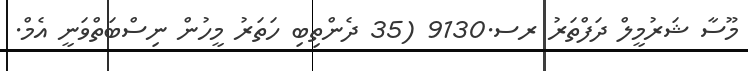
މޫސާ ޝަރުމީލް ދަފްތަރު ރސ.9130 (35 ދެންތިބި ހަތަރު މީހުން ނިސްބަތްވަނީ އެމް.